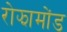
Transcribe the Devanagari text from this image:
रोझामोंड